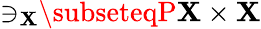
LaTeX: {\ni_{\mathbf{X}}}\subseteqP\mathbf{X}\times\mathbf{X}